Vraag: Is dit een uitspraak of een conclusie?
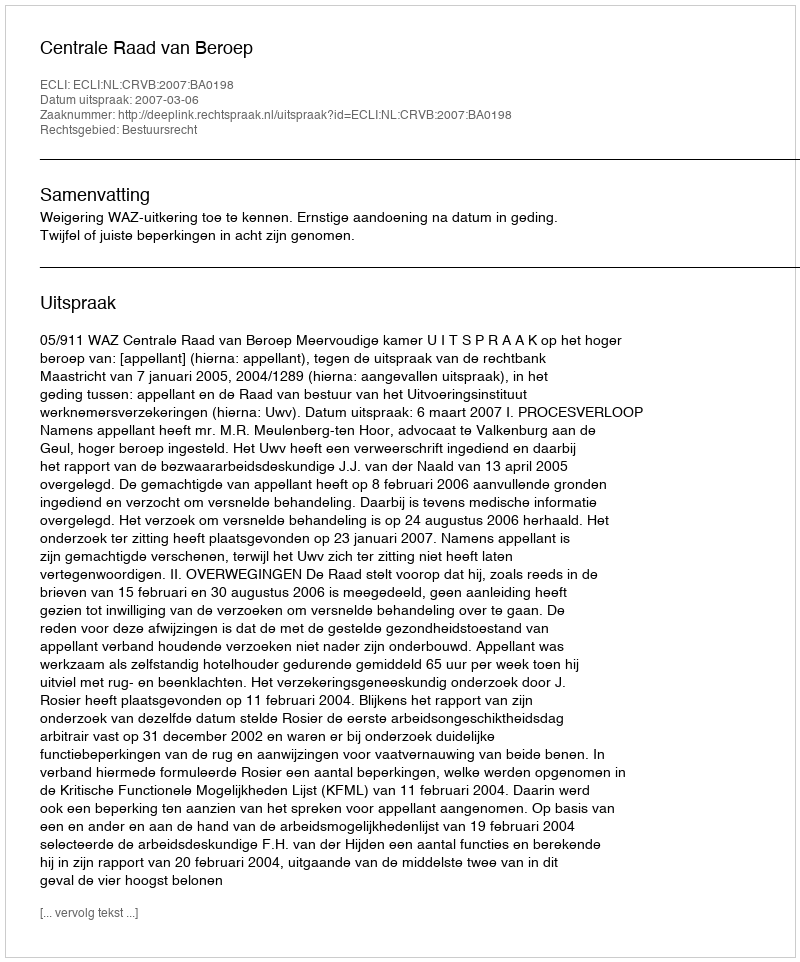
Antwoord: Uitspraak